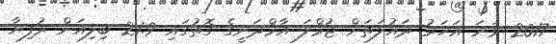
2017 ވަނަ އަހަރު ދައުލަތަށް ޖުމްލަ އާމްދަނީގެ ގޮތުގައި 21.9 ބިލިއަން ރުފިޔާ